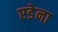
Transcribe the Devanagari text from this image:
एडेना